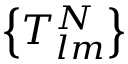
\left\{ T _ { l m } ^ { N } \right\}